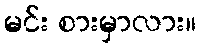
မင်း စားမှာလား။